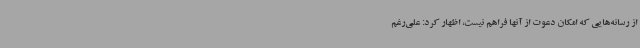
از رسانه‌هایی که امکان دعوت از آنها فراهم نیست، اظهار کرد: علی‌رغم